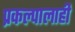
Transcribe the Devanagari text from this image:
प्रकल्पालाही